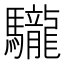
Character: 䮾